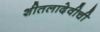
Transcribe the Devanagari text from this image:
शीतलादेवीची